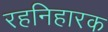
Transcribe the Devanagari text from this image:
रहनिहारक